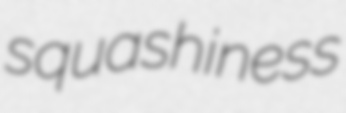
squashiness